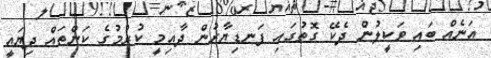
އަނެއް ބައި ވަކީލުން ދެކޭ ގޮތުގައި ފަނޑިޔާރުން ދާއިމީ ކުރުމުގެ ކަންތައް ދިޔައީ